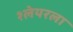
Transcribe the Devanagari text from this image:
श्लेयरला